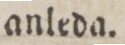
anleda.